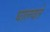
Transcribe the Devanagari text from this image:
घालवते